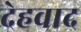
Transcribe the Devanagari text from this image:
देहवाद